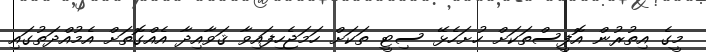
މީގެ އިތުރުން އޮފީސްތަކަށް ހުށަހެޅޭ ސިޓީ ތަކަށް ހަމަޖެހިފައިވާ ޤަވާއިދާ އެއްގޮތަށް އެމުއްދަތުގައި